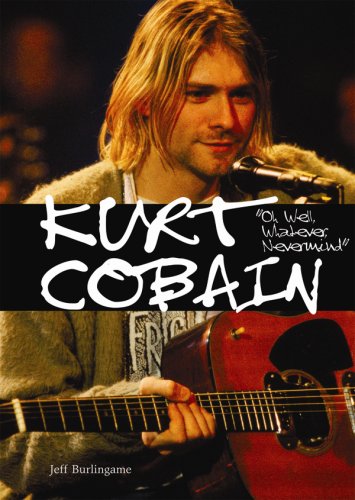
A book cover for Kurt Cobain: Oh Well, Whatever, Nevermind (American Rebels); Jeff Burlingame; Teen & Young Adult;